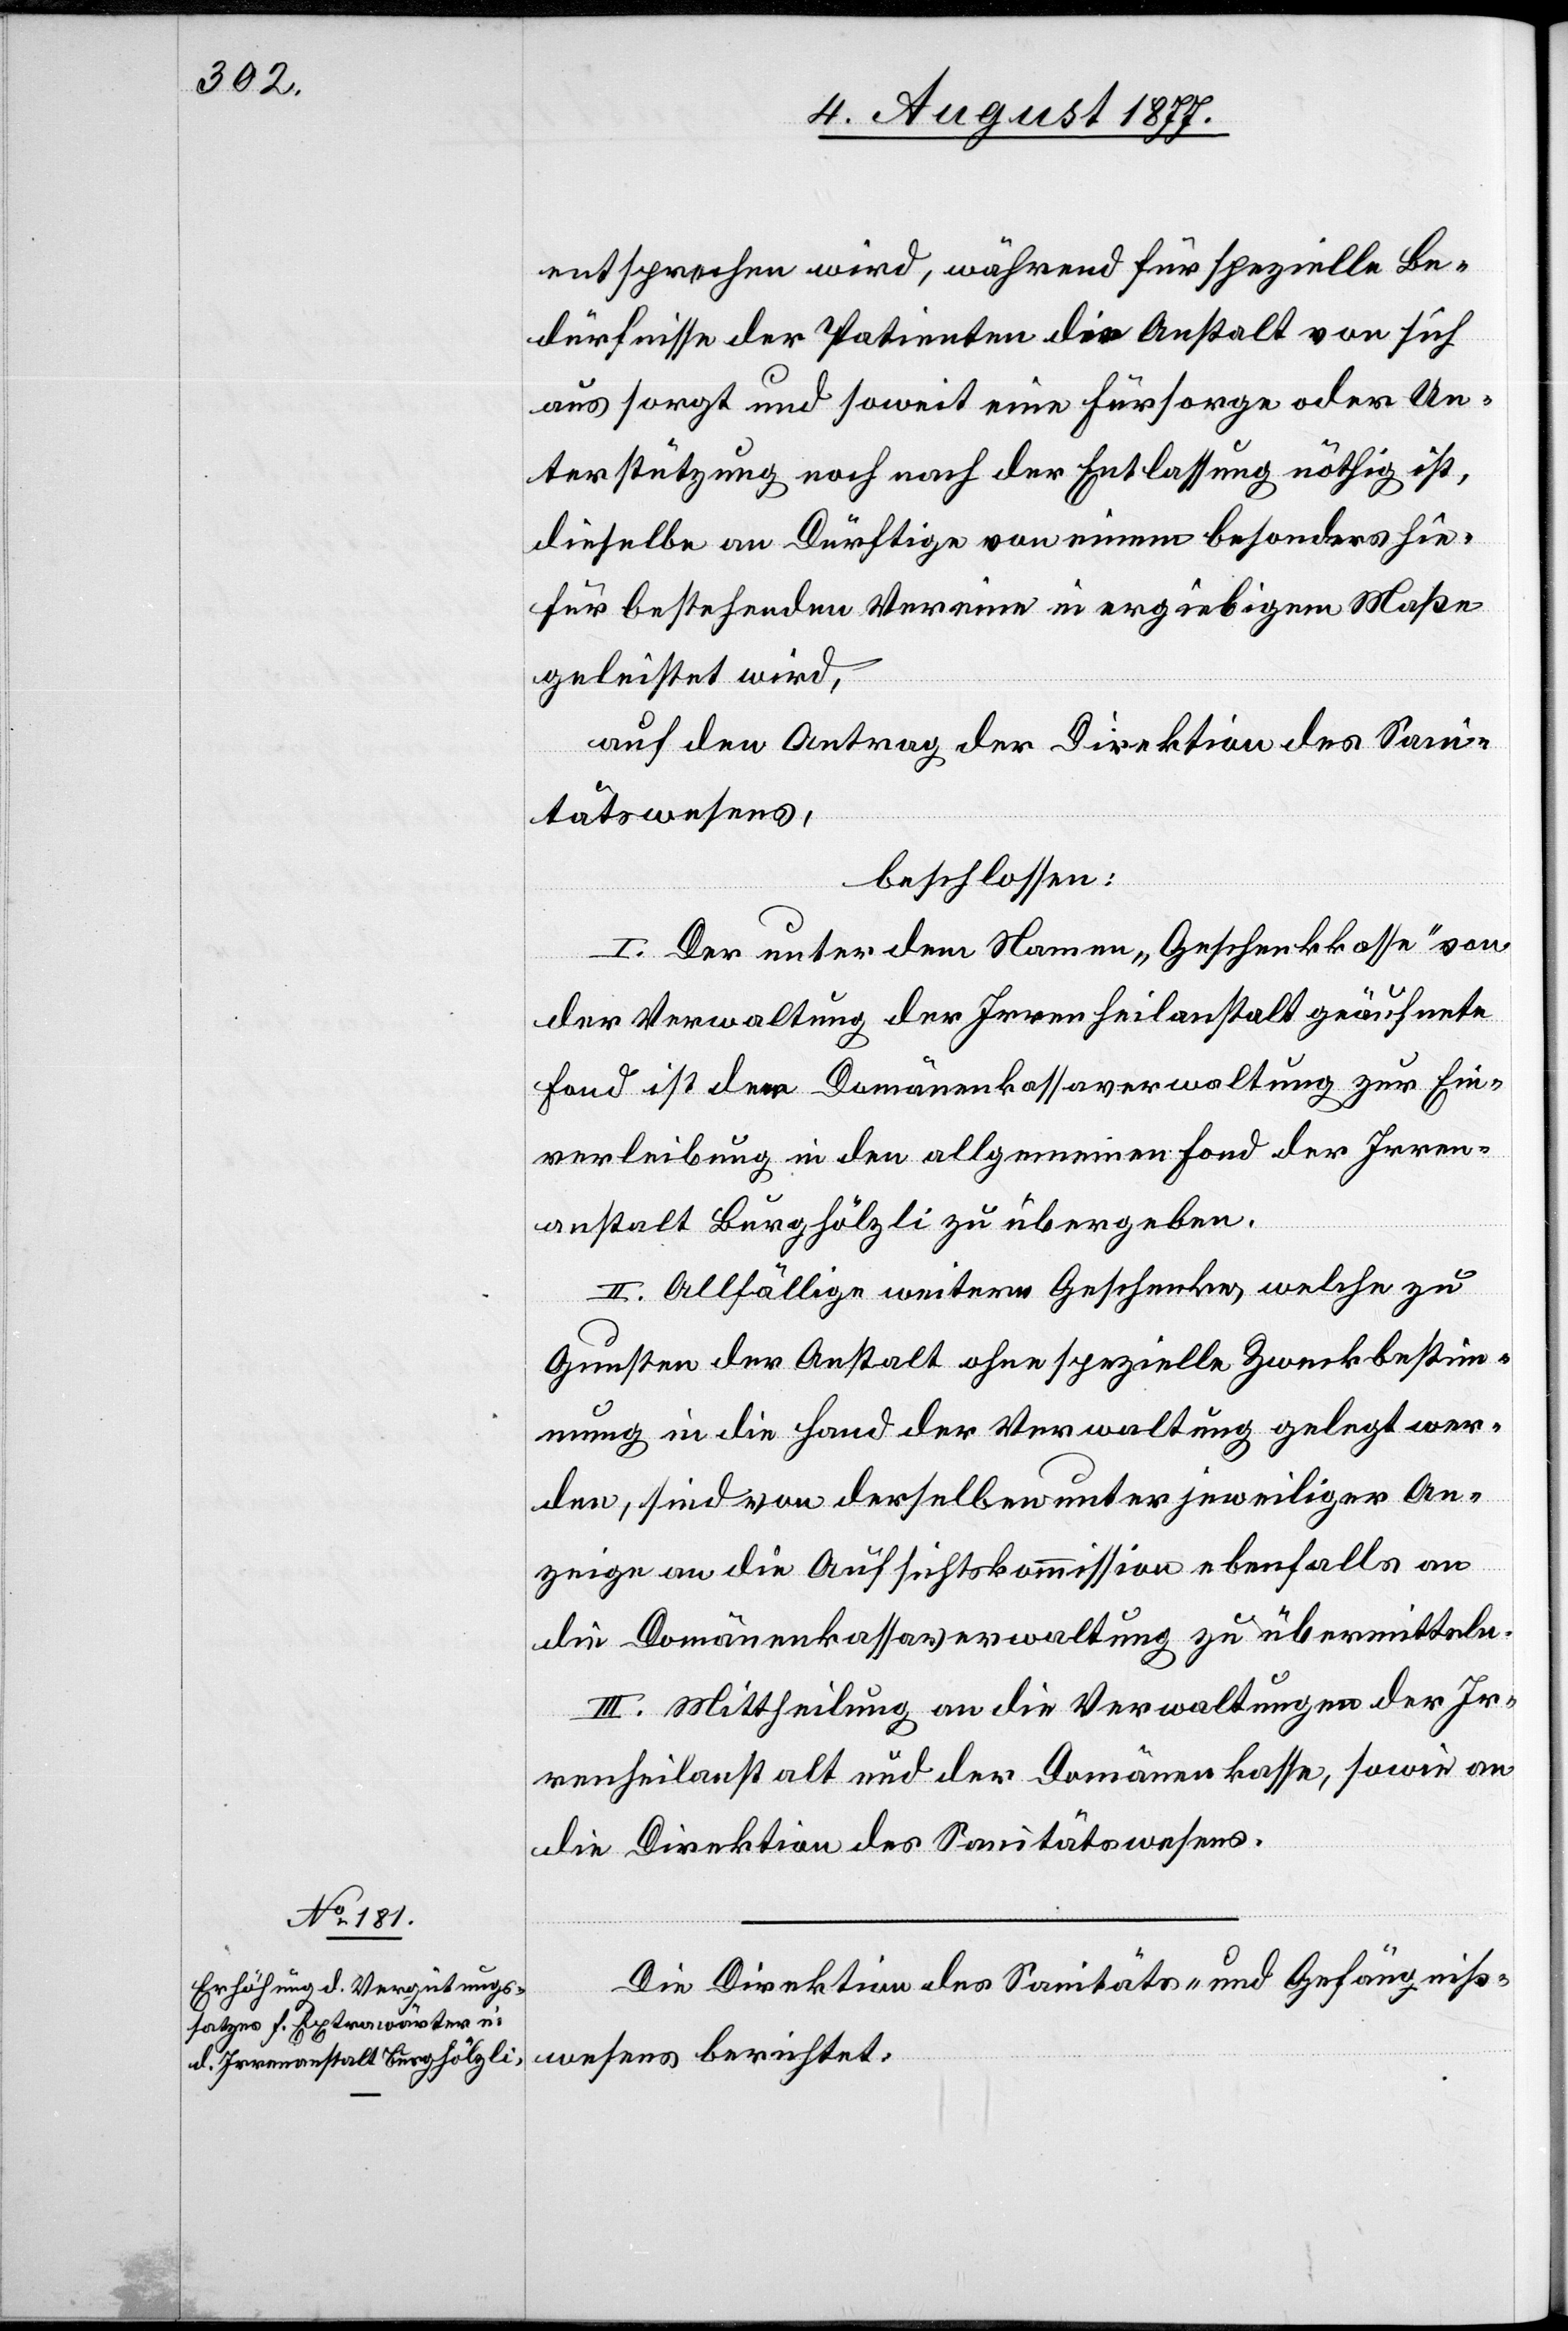
entsprechen wird, während für spezielle Be¬
dürfnisse der Patienten die Anstalt von sich
aus sorgt und soweit eine Fürsorge oder Un¬
terstützung noch nach der Entlassung nöthig ist,
dieselbe an Dürftige von einem besonders hie¬
für bestehenden Vereine in ergiebigem Maße
geleistet wird,
auf den Antrag der Direktion des Sani¬
tätswesens,
beschlossen:
I. Der unter dem Namen „Geschenkkasse“ von
der Verwaltung der Irrenheilanstalt geäufnete
Fond ist der Domänenkassaverwaltung zur Ein¬
verleibung in den allgemeinen Fond der Irren¬
anstalt Burghölzli zu übergeben.
II. Allfällige weitere Geschenke, welche zu
Gunsten der Anstalt ohne spezielle Zweckbestim¬
mung in die Hand der Verwaltung gelegt wer¬
den, sind von derselben unter jeweiliger An¬
zeige an die Aufsichtskommission ebenfalls an
die Domänenkassaverwaltung zu übermitteln.
III. Mittheilung an die Verwaltungen der Ir¬
renheilanstalt und der Domänenkasse, sowie an
die Direktion des Sanitätswesens.
Die Direktion des Sanitäts- und Gefängniß¬
wesens berichtet: